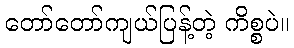
တော်တော်ကျယ်ပြန့်တဲ့ ကိစ္စပဲ။